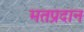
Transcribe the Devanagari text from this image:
मतप्रदान